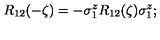
R _ { 1 2 } ( - \zeta ) = - \sigma _ { 1 } ^ { z } R _ { 1 2 } ( \zeta ) \sigma _ { 1 } ^ { z } ;